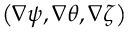
\left( \nabla \psi , \nabla \theta , \nabla \zeta \right)